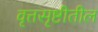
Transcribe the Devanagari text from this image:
वृत्तसृष्टीतील